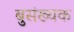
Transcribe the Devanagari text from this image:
बुसंख्यक